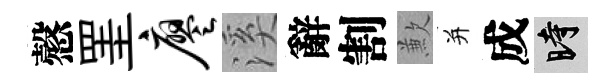
慤罣廖溪辭割歉并成时